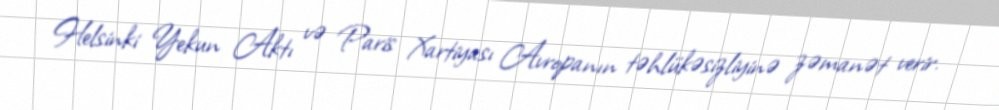
Helsinki Yekun Aktı və Paris Xartiyası Avropanın təhlükəsizliyinə zəmanət verir.